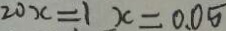
2 0 x = 1 x = 0 . 0 5